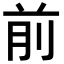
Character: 前